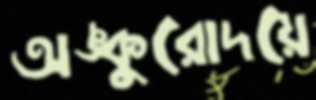
অঙ্কুরোদয়ে